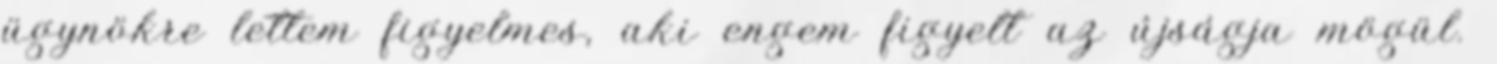
ügynökre lettem figyelmes, aki engem fi­gyelt az újságja mögül.